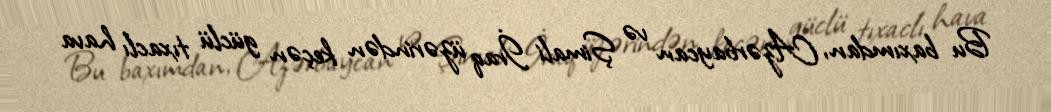
Bu baxımdan, Azərbaycan və Şimali İraq üzərindən keçən güclü tıxaclı hava